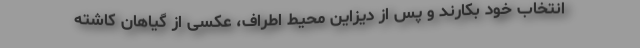
انتخاب خود بکارند و پس از دیزاین محیط اطراف، عکسی از گیاهان کاشته